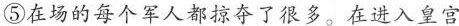
⑤在场的每个军人都掠夺了很多。在进入皇宫